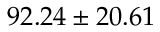
9 2 . 2 4 \pm 2 0 . 6 1